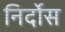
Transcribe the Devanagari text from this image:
निर्दोस